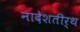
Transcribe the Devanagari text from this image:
नादेशतीर्थ